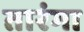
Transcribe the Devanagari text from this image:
तारंगा